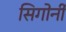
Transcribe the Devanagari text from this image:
सिगोर्नी